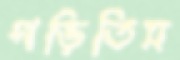
গড়িতিস